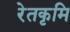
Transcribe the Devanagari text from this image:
रेतकृमि